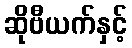
ဆိုဗီယက်နှင့်